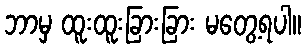
ဘာမှ ထူးထူးခြားခြား မတွေ့ရပါ။